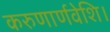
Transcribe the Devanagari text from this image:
करुणार्णवेशि।